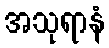
အသုရာနံ